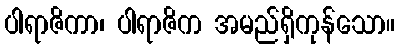
ပါရာဇိကာ၊ ပါရာဇိက အမည်ရှိကုန်သော။